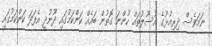
ނަމަވެސް ދިރިއުޅުގެ އުސޫލުތައް ހުންނަ ގޮތުން ބައެއް ކަންކަމުގައި ދޫނުދީ އެފަދަ ކަންކަމުގައި